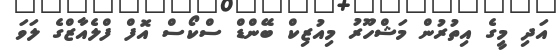
އަދި މީގެ އިތުރުން މަޝްހޫރު މިއުޒިކް ބޭންޑް ސްކޯސް އޮފް ފްލެއާޒްގެ ލަވަ